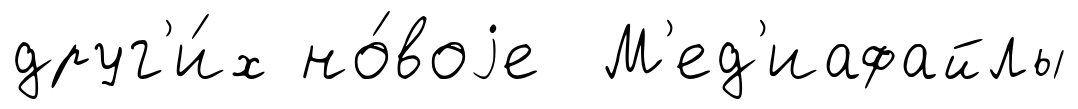
друг'и́х но́воjе М'ед'иафайлы